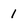
Character: 1